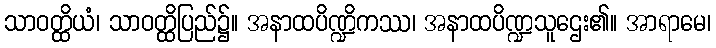
သာဝတ္ထိယံ၊ သာဝတ္ထိပြည်၌။ အနာထပိဏ္ဍိကဿ၊ အနာထပိဏ္ဍသူဌေး၏။ အာရာမေ၊